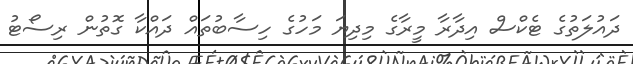
ދައުލަތުގެ ޓެކްސް އިދާރާ މީރާގެ މިދިޔަ މަހުގެ ހިސާބުތައް ދައްކާ ގޮތުން ރިސޯޓު